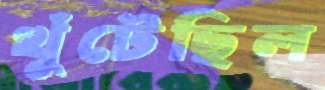
খুঁটেছিল